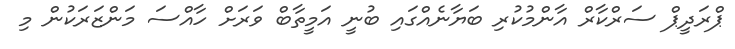
ޕްރަދީޕް ސަރްކާރް އާންމުކުރި ބަޔާނެއްގައި ބުނީ އަމީތާބް ވަރަށް ހާއްސަ މަންޒަރަކުން މި